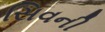
સિવની